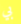
بي